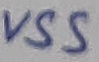
Text: VSS